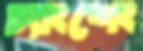
চ্যাংশেং